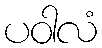
ပဝါလံ